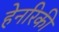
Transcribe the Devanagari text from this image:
हेनरिकी